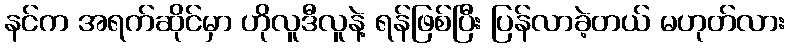
နင်က အရက်ဆိုင်မှာ ဟိုလူဒီလူနဲ့ ရန်ဖြစ်ပြီး ပြန်လာခဲ့တယ် မဟုတ်လား